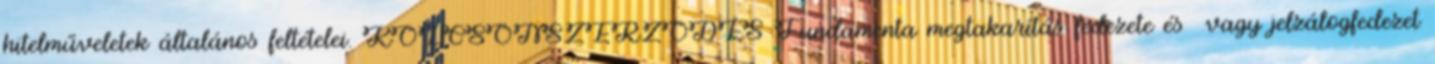
hitelműveletek általános feltételei. KÖLCSÖNSZERZŐDÉS Fundamenta megtakarítás fedezete és vagy jelzálogfedezet